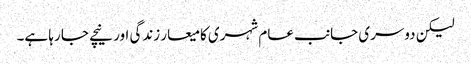
لیکن دوسری جانب عام شہری کا میعار زندگی اور نیچے جا رہا ہے۔